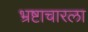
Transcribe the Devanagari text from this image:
भ्रष्टाचारला